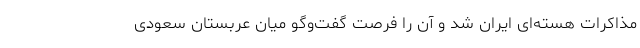
مذاکرات هسته‌ای ایران شد و آن را فرصت‌ گفت‌وگو میان عربستان سعودی